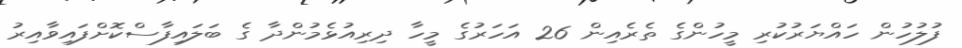
ފުލުހުން ހައްޔަރުކުރި މީހުންގެ ތެރެއިން 26 އަހަރުގެ މީހާ ދިރިއުޅެމުންދާ ގެ ބަލައިފާސްކޮށްފައިވާއިރު